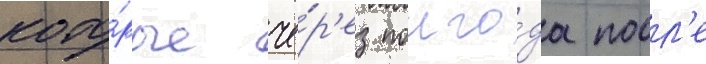
кото́рые че́р'ез полго́да посл'е